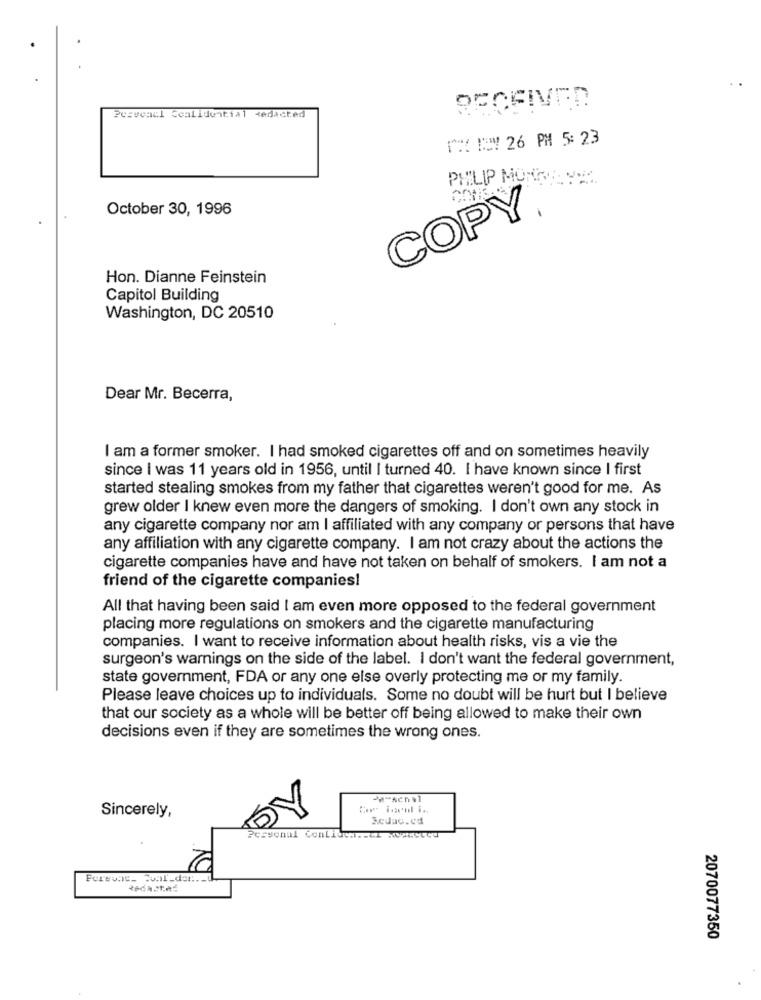
Pesveall Sealldential redacted
THX !! 26 PH 5: 23
PHILIP MORRIS. V.
October 30, 1996
COPY®
Hon. Dianne Feinstein
Capitol Building
Washington, DC 20510
Dear Mr. Becerra,
I am a former smoker. I had smoked cigarettes off and on sometimes heavily
since I was 11 years old in 1956, until I turned 40. I have known since I first
started stealing smokes from my father that cigarettes weren't good for me. As
grew older I knew even more the dangers of smoking. I don't own any stock in
any cigarette company nor am I affiliated with any company or persons that have
any affiliation with any cigarette company. I am not crazy about the actions the
cigarette companies have and have not taken on behalf of smokers. I am not a
friend of the cigarette companies!
All that having been said I am even more opposed to the federal government
placing more regulations on smokers and the cigarette manufacturing
companies. I want to receive information about health risks, vis a vie the
surgeon's warnings on the side of the label. I don't want the federal government,
state government, FDA or any one else overly protecting me or my family.
Please leave choices up to individuals. Some no doubt will be hurt but I believe
that our society as a whole will be better off being allowed to make their own
decisions even if they are sometimes the wrong ones.
Co iceul i.
Sincerely,
DY
2070077350